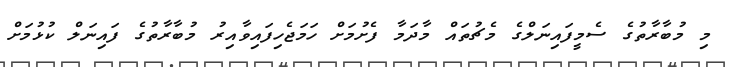
މި މުބާރާތުގެ ސެމީފައިނަލްގެ މެޗުތައް މާދަމާ ފެށުމަށް ހަމަޖެހިފައިވާއިރު މުބާރާތުގެ ފައިނަލް ކުޅުމަށް